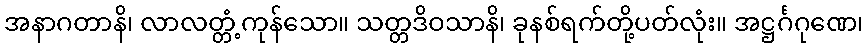
အနာဂတာနိ၊ လာလတ္တံ့ကုန်သော။ သတ္တဒိဝသာနိ၊ ခုနစ်ရက်တို့ပတ်လုံး။ အဋ္ဌင်္ဂဂုဏေ၊